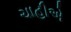
ચાહીએ